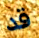
قد